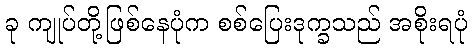
ခု ကျုပ်တို့ဖြစ်နေပုံက စစ်ပြေးဒုက္ခသည် အစိုးရပုံ